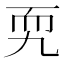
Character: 𦓑